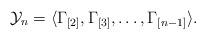
LaTeX: \begin{align*}\mathcal{Y}_{n}=\langle \Gamma_{[2]}, \Gamma_{[3]},\ldots, \Gamma_{[n-1]}\rangle.\end{align*}